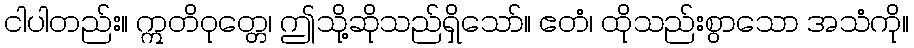
ငါပါတည်း။ ဣတိဝုတ္တေ၊ ဤသို့ဆိုသည်ရှိသော်။ ဧတံ၊ ထိုသည်းစွာသော အသံကို။